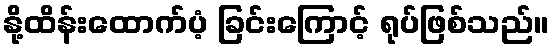
နို့ထိန်းထောက်ပံ့ ခြင်းကြောင့် ရုပ်ဖြစ်သည်။